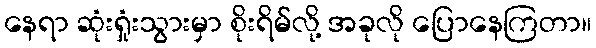
နေရာ ဆုံးရှုံးသွားမှာ စိုးရိမ်လို့ အခုလို ပြောနေကြတာ။